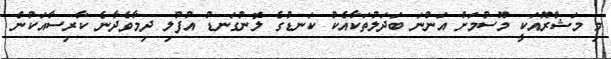
މި މަޝްރޫއަކީ މޫސުމަށް އަންނަ ބަދަލުތަކާއެކު ކަނޑުގެ ލޮނުގަނޑު އުފުލި ދިމާވެދާނެ ކާރިސާއަކުން